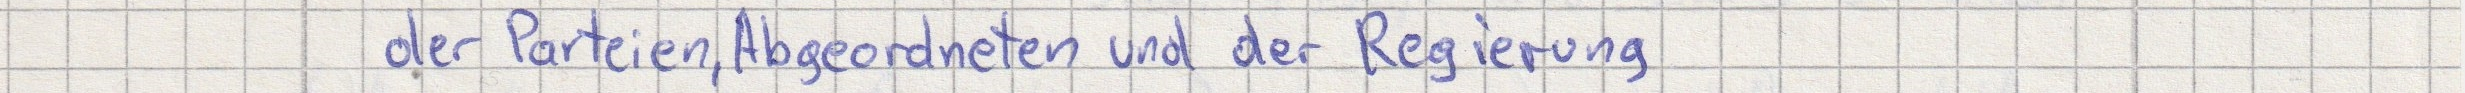
der Parteien, Abgeordneten und der Regierung